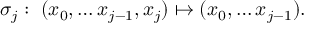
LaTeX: \sigma _ { j } : \; ( x _ { 0 } , \ldots x _ { j - 1 } , x _ { j } ) \mapsto ( x _ { 0 } , \ldots x _ { j - 1 } ) .